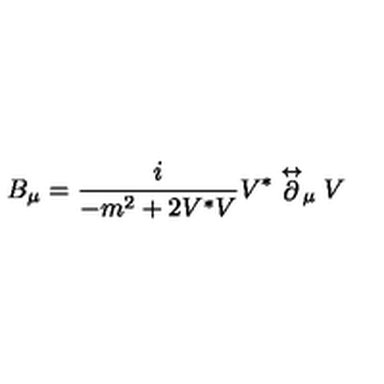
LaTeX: B _ { \mu } = \frac { i } { - m ^ { 2 } + 2 V ^ { * } V } V ^ { * } \stackrel \leftrightarrow \partial _ { \mu } V